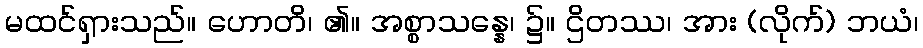
မထင်ရှားသည်။ ဟောတိ၊ ၏။ အစ္စာသန္နေ၊ ၌။ ဌိတဿ၊ အား (လိုက်) ဘယံ၊